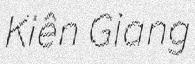
Kiên Giang